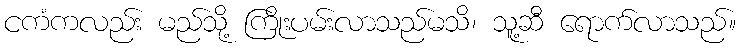
ငကံကလည်း မည်သို့ ကြိုးပမ်းလာသည်မသိ၊ သူ့ဆီ ရောက်လာသည်။